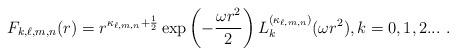
LaTeX: \begin{align*}F_{k,\ell,m,n}(r)=r^{\kappa _{\ell,m,n}+\frac{1}{2}}\exp \left(-\frac{\omega r^{2}}{2}\right)L_{k}^{(\kappa _{\ell,m,n})}(\omega r^{2}),k=0,1,2... \ . \end{align*}